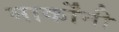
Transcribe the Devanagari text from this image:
मार्कोंनी